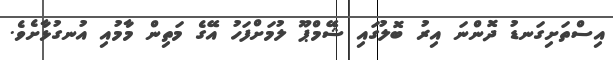
އިސްތަށިގަނޑު ދޮންނަ އިރު ބޮލުގައި ޝޭމްޕޫ ލުމަށްފަހު އޭގެ މަތިން މާމުއި އުނގުޅާށެވެ.